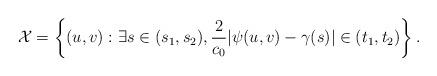
LaTeX: \begin{align*} \mathcal{X} = \left\{ (u, v) : \exists s \in (s_1, s_2), \frac{2}{c_0}|\psi(u, v) - \gamma(s)| \in (t_1, t_2) \right\}.\end{align*}